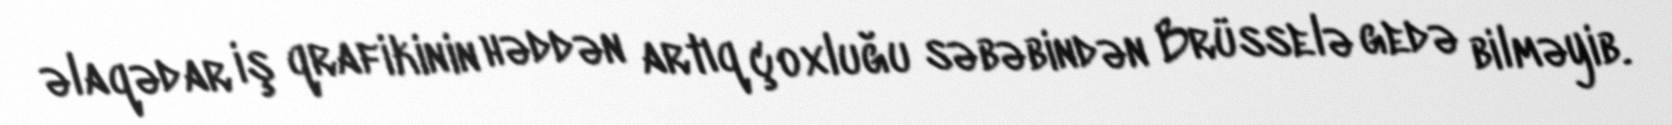
əlaqədar iş qrafikinin həddən artıq çoxluğu səbəbindən Brüsselə gedə bilməyib.